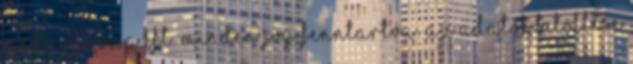
media group kft. minden jog fenntartva. Az adatok betöltése